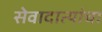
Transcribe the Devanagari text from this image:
सेवादात्यांचा